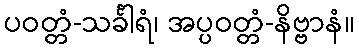
ပဝတ္တံ-သင်္ခါရံ၊ အပ္ပဝတ္တံ-နိဗ္ဗာနံ။